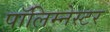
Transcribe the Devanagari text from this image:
पॉलिम्नेस्टर